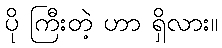
ပို ကြီးတဲ့ ဟာ ရှိလား။